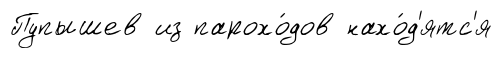
Пупышев из парохо́дов нахо́д'ятс'я